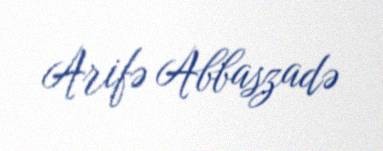
Arifə Abbaszadə